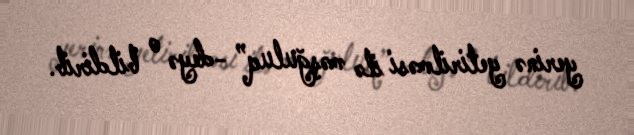
yerinə yetirilməsi ilə məşğuluq” -deyə o bildirib.